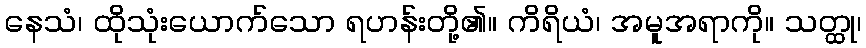
နေသံ၊ ထိုသုံးယောက်သော ရဟန်းတို့၏။ ကိရိယံ၊ အမူအရာကို။ သတ္ထု၊